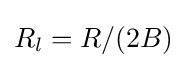
R_{l}=R/(2B)